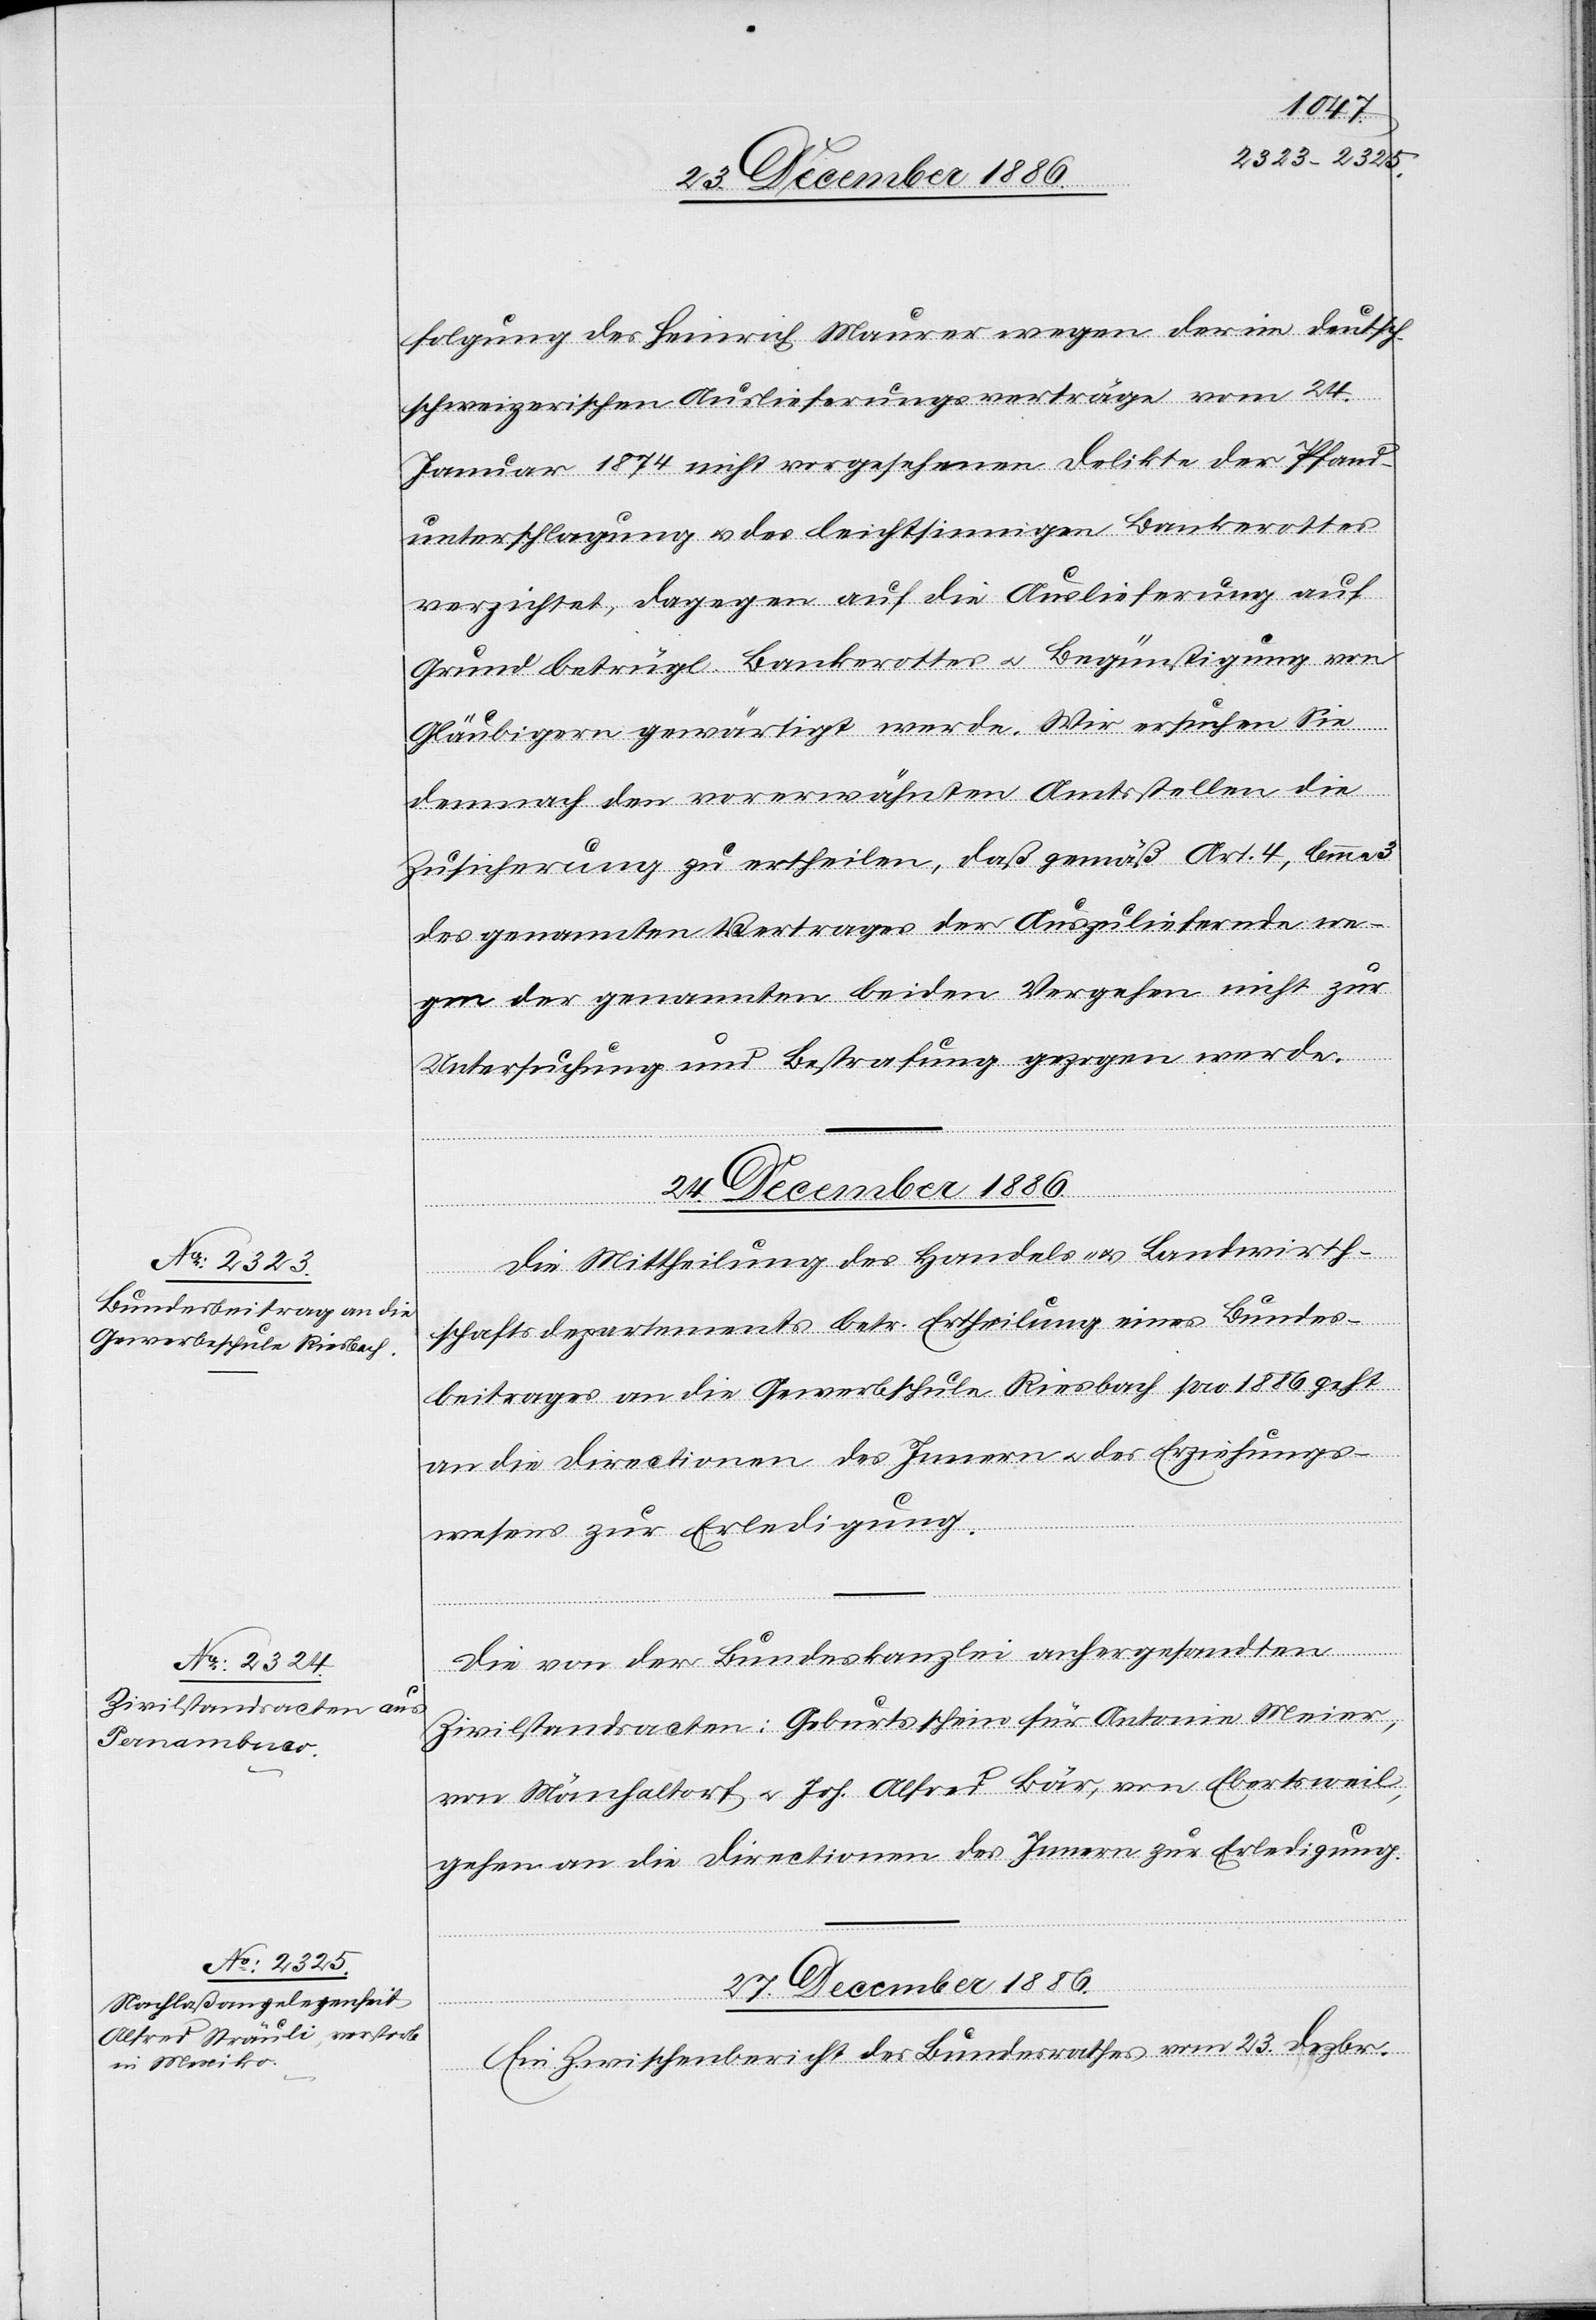
folgung des Heinrich Maurer wegen der im deutsc¬
h-schweizerischen Auslieferungsvertrage vom 24.
Januar 1874 nicht vorgesehenen Delikte der Pfand¬
unterschlagung & des leichtsinnigen Bankerottes
verzichtet, dagegen auf die Auslieferung auf
Grund betrügl. Bankerottes & Begünstigung von
Gläubigern gewärtigt werde. Wir ersuchen Sie
demnach den vorerwähnten Amtsstellen die
Zusicherung zu ertheilen, daß gemäß Art. 4, lemma
des genannten Vertrages der Auszuliefernde we¬
gen der genannten beiden Vergehen nicht zur
Untersuchung und Bestrafung gezogen werde.
24. December 1886.]
lverfügungen.
Die Mittheilung des Handels- & Landwirth¬
schaftsdepartements betr. Ertheilung eines Bundes¬
beitrages an die Gewerbschule Riesbach pro 1886 geht
an die Directionen des Innern & des Erziehungs¬
wesens zur Erledigung.
Die von der Bundeskanzlei anhergesandten
Zivilstandsacten: Geburtsschein für Antonie Meier,
von Mönchaltorf & Joh. Alfred Bär, von Ebertsweil,
gehen an die Directionen des Innern zur Erledigung.
27. December 1886.
Ein Zwischenbericht des Bundesrathes vom 23. Dezbr.